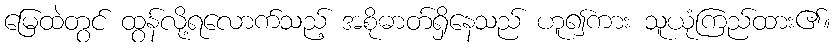
မြေထဲတွင် ထွန်လို့ရလောက်သည့် အစိုဓာတ်ရှိနေသည် ဟူ၍ကား သူယုံကြည်ထား၏။